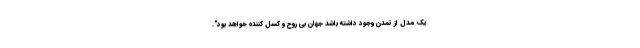
یک مدل از تمدن وجود داشته باشد جهان بی روح و کسل کننده خواهد بود".